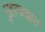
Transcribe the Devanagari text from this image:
मुहाफझात